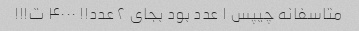
متاسفانه چیپس ۱ عدد بود بجای ۲ عدد!! ۴۰۰۰ ت!!!